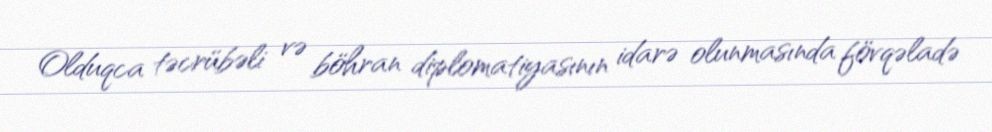
Olduqca təcrübəli və böhran diplomatiyasının idarə olunmasında fövqəladə